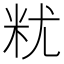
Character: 𮇆